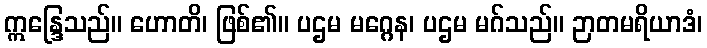
ဣန္ဒြေသည်။ ဟောတိ၊ ဖြစ်၏။ ပဌမ မဂ္ဂေန၊ ပဌမ မဂ်သည်။ ဉာတမရိယာဒံ၊